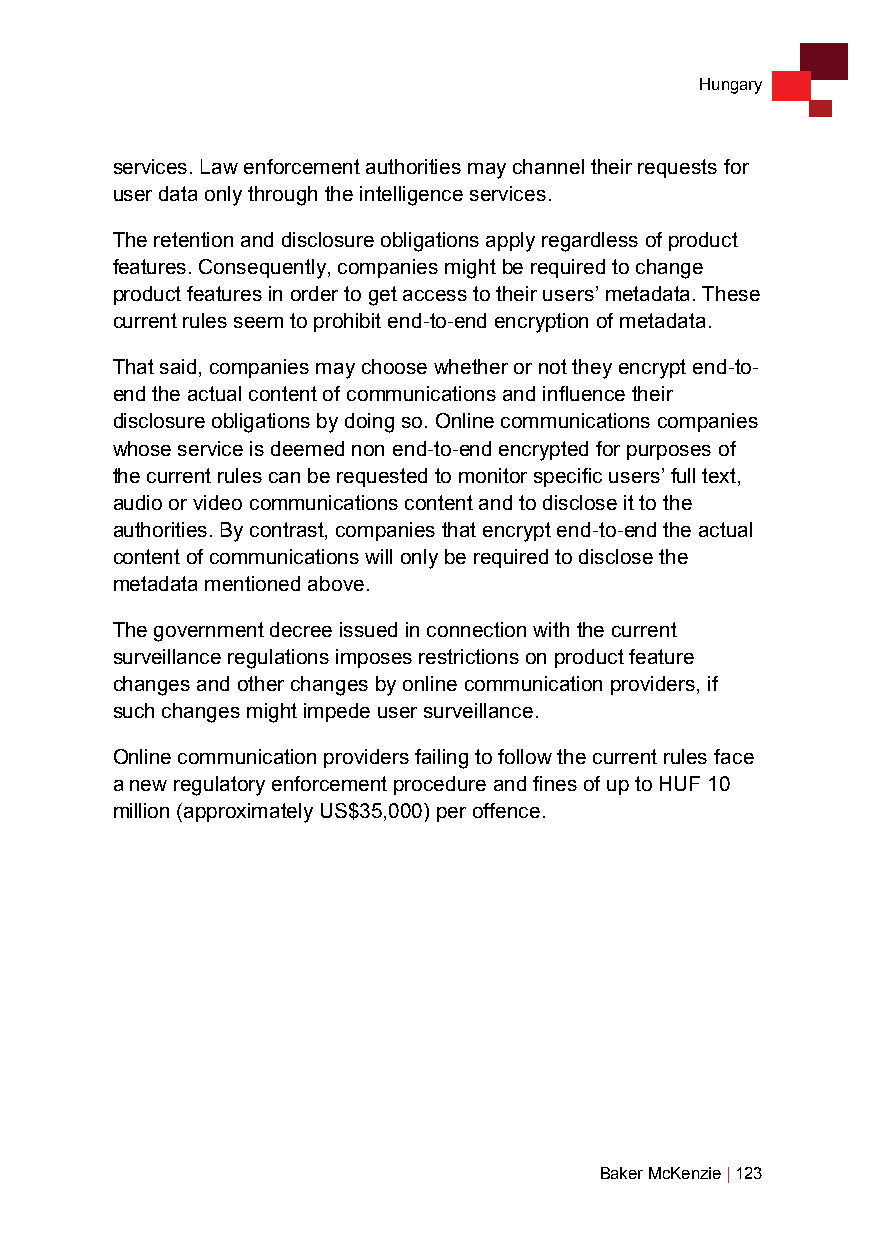
Hungary
 services. Law enforcement authorities may channel their requests for
 user data only through the intelligence services.
 The retention and disclosure obligations apply regardless of product
 features. Consequently, companies might be required to change
 product features in order to get access to their users’ metadata. These
 current rules seem to prohibit end-to-end encryption of metadata.
 That said, companies may choose whether or not they encrypt end-to-
 end the actual content of communications and influence their
 disclosure obligations by doing so. Online communications companies
 whose service is deemed non end-to-end encrypted for purposes of
 the current rules can be requested to monitor specific users’ full text,
 audio or video communications content and to disclose it to the
 authorities. By contrast, companies that encrypt end-to-end the actual
 content of communications will only be required to disclose the
 metadata mentioned above.
 The government decree issued in connection with the current
 surveillance regulations imposes restrictions on product feature
 changes and other changes by online communication providers, if
 such changes might impede user surveillance.
 Online communication providers failing to follow the current rules face
 a new regulatory enforcement procedure and fines of up to HUF 10
 million (approximately US$35,000) per offence.
 Baker McKenzie | 123